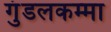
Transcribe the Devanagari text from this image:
गुंडलकम्मा